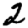
Digit: 2